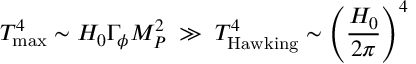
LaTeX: T _ { \mathrm { m a x } } ^ { 4 } \sim H _ { 0 } \Gamma _ { \phi } M _ { P } ^ { 2 } \; \gg \; T _ { \mathrm { H a w k i n g } } ^ { 4 } \sim \left( \frac { H _ { 0 } } { 2 \pi } \right) ^ { 4 }